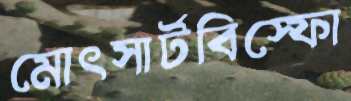
মোৎসার্টবিস্ফো